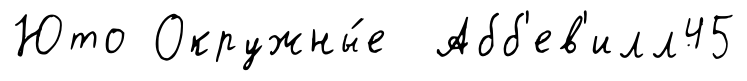
Юто Окружны́е Абб'ев'илл45